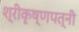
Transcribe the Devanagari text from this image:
श्रीकृष्णपत्नी